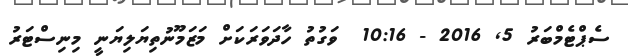
ސެޕްޓެމްބަރު 5